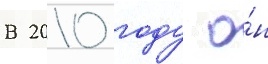
В 2010 году о́н